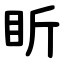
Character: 盺